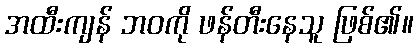
အထီးကျန် ဘဝကို ဖန်တီးနေသူ ဖြစ်၏။